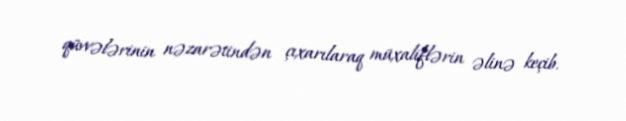
qüvvələrinin nəzarətindən çıxarılaraq müxaliflərin əlinə keçib.